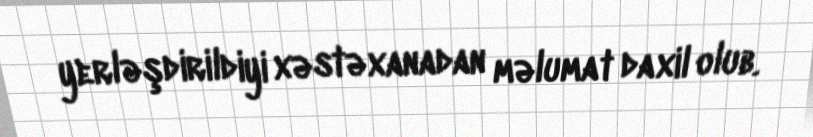
yerləşdirildiyi xəstəxanadan məlumat daxil olub.